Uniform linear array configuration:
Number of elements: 32
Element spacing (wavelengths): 0.75
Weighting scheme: blackman
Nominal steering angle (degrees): -60
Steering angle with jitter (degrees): -58.232
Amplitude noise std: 0.05
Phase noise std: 0.05

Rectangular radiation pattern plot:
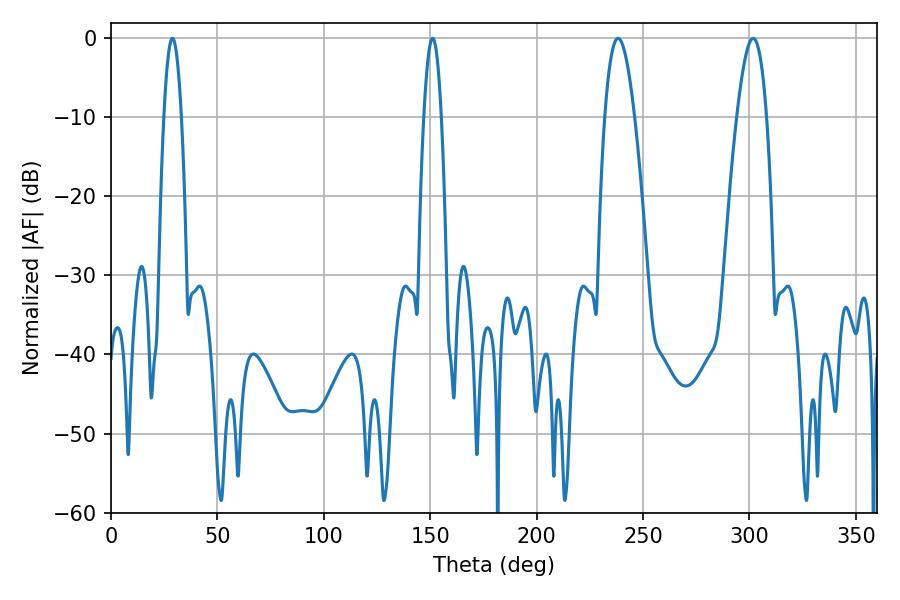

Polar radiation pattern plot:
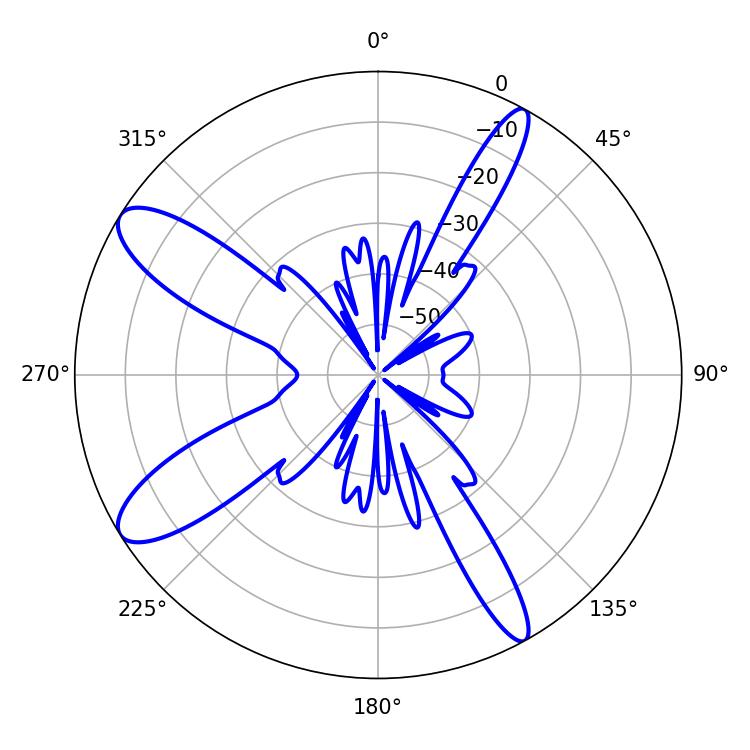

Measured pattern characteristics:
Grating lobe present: TRUE
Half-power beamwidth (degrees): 7.56
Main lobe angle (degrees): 238.32